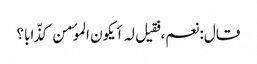
قال: نعم، فقیل لہ أیکون الموٴمن کذّابا؟